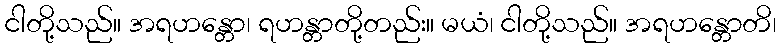
ငါတို့သည်။ အရဟန္တော၊ ရဟန္တာတို့တည်း။ မယံ၊ ငါတို့သည်။ အရဟန္တောတိ၊